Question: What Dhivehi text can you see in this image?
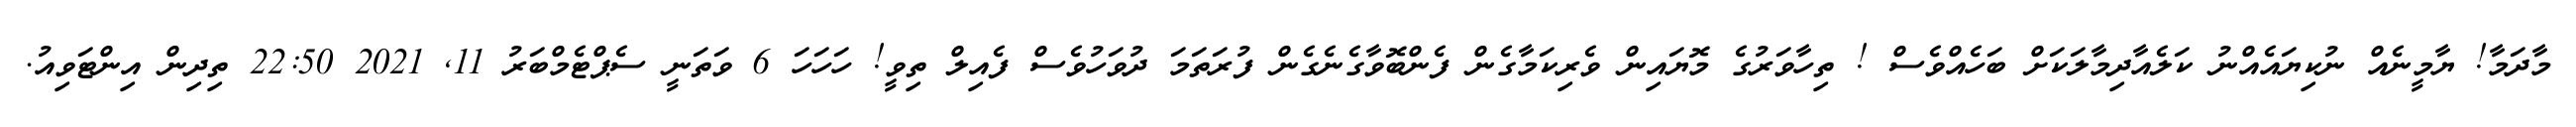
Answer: މާދަމާ! ޔާމީނެއް ނުކިޔައެއްނު ކަލެއާދިމާލަކަށް ބަހެއްވެސް ! ތިހާވަރުގެ މޮޔައިން ވެރިކަމާގެން ފެންބޮވާގެނެގެން ފުރަތަމަ ދުވަހުވެސް ފެއިލް ތިވީ! ހަހަހަ 6 ވަތަނީ ސެޕްޓެމްބަރު 11, 2021 22:50 ތިދިން އިންޓަވިއު.